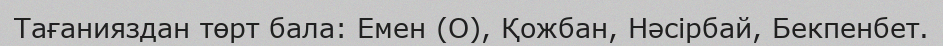
Тағанияздан төрт бала: Емен (О), Қожбан, Нәсірбай, Бекпенбет.